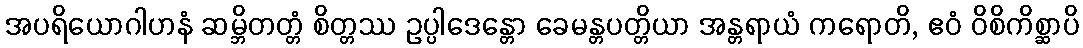
အပရိယောဂါဟနံ ဆမ္ဘိတတ္တံ စိတ္တဿ ဥပ္ပါဒေန္တော ခေမန္တပတ္တိယာ အန္တရာယံ ကရောတိ, ဧဝံ ဝိစိကိစ္ဆာပိ